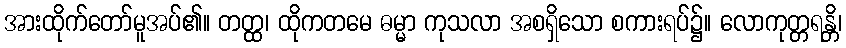
အားထိုက်တော်မူအပ်၏။ တတ္ထ၊ ထိုကတမေ ဓမ္မာ ကုသလာ အစရှိသော စကားရပ်၌။ လောကုတ္တရန္တိ၊